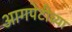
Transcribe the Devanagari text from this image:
आगपेटीच्या